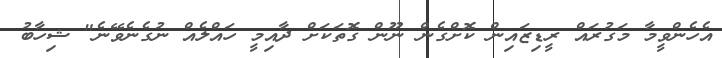
އެހެންވީމާ މަގުރައް ރީޑިޒައިން ކޮށްގެން ނޫން ގޮތަކަށް ދާއިމީ ހައްލެއް ނުގެނެވޭނެ" ޝިހާބު